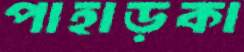
পাহাড়কা